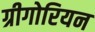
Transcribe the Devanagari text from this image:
ग्रीगोरियन